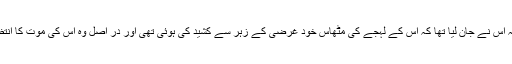
وہ اسے ہمیشہ اپنے من میں میٹھی چھری کے نام سے یاد کرتی کہ اس نے جان لیا تھا کہ اس کے لہجے کی مٹھاس خود غرضی کے زہر سے کشید کی ہوئی تھی اور در اصل وہ اس کی موت کا انتظار کر رہا ہے تا کہ اس گھر پر سہولت کے ساتھ قبضہ کر سکے۔